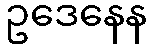
ဥဒေနေန